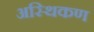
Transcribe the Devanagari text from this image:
अस्थिकण